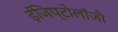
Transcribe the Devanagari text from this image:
ईजिप्टोलॉजी